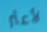
لأعثر